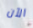
الآن